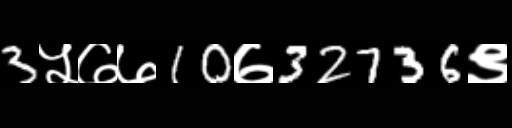
Text: 3५७७10७32736९